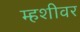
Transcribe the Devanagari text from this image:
म्हशीवर